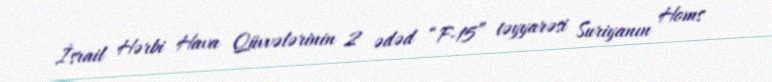
İsrail Hərbi Hava Qüvvələrinin 2 ədəd “F-15” təyyarəsi Suriyanın Homs